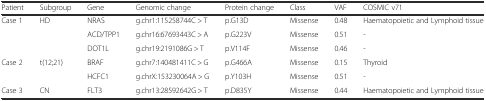
| Patient | Subgroup | Gene | Genomic change | Protein change | Class | VAF | COSMIC v71 |
 | --- | --- | --- | --- | --- | --- | --- | --- |
 | <ROWSPAN=3> Case 1 | <ROWSPAN=3> HD | NRAS | g.chr1:115258744C > T | p.G13D | Missense | 0.48 | Haematopoietic and Lymphoid tissue |
 | ACD/TPP1 | g.chr16:67693443C > A | p.G223V | Missense | 0.51 | - |
 | DOT1L | g.chr19:2191086G > T | p.V114F | Missense | 0.46 | - |
 | <ROWSPAN=2> Case 2 | <ROWSPAN=2> t(12;21) | BRAF | g.chr7:140481411C > G | p.G466A | Missense | 0.15 | Thyroid |
 | HCFC1 | g.chrX:153230064A > G | p.Y103H | Missense | 0.51 | - |
 | Case 3 | CN | FLT3 | g.chr13:28592642G > T | p.D835Y | Missense | 0.44 | Haematopoietic and Lymphoid tissue |